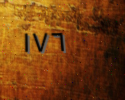
١٧٦